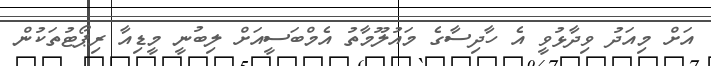
އަށް މިއަދު ވިދާޅުވީ އެ ހާދިސާގެ މައުލޫމާތު އެމްބަސީއަށް ލިބުނީ މީޑިއާ ރިޕޯޓުތަކުން